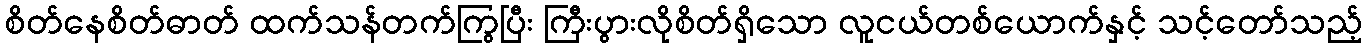
စိတ်နေစိတ်ဓာတ် ထက်သန်တက်ကြွပြီး ကြီးပွားလိုစိတ်ရှိသော လူငယ်တစ်ယောက်နှင့် သင့်တော်သည့်